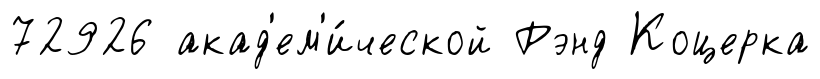
72926 акад'ем'и́ческой Рэнд Коцерка